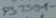
Text: PS2501